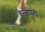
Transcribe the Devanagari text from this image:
कर्जापोटी